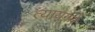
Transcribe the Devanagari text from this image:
त्यायगने